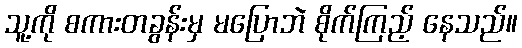
သူ့ကို စကားတခွန်းမှ မပြောဘဲ စိုက်ကြည့် နေသည်။